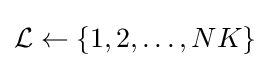
{\mathcal {L}}\leftarrow \{1,2,\ldots ,NK\}